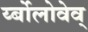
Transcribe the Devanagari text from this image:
र्य्बोलोवेव्